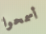
أسمحوا